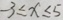
- 3 \leq x \leq 5